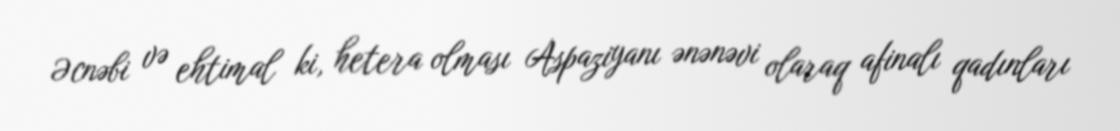
Əcnəbi və ehtimal ki, hetera olması Aspaziyanı ənənəvi olaraq afinalı qadınları